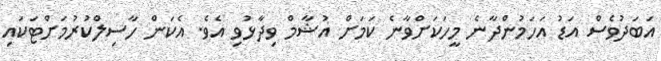
އަބަދުވެސް އަޑު އަހަމުންދާނެ މީހަކަށްވާނެ ކަމަށް އުޝާމް ވިދާޅުވި އެވެ. އެކަން ހާސިލްކުރުމަށްޓަކައި